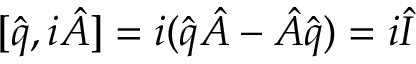
[ \hat { q } , i \hat { A } ] = i ( \hat { q } \hat { A } - \hat { A } \hat { q } ) = i \hat { I }